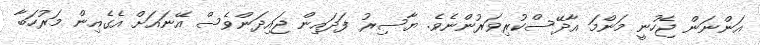
އަންނަން ޖެހުނީ މަންމަ އާދޭސްކުރިވަރުންނެވެ. ޔާސިރު ފަދައިން ޖައިދަންވެސް އޭނައަށް އެގެއިން މަރުހަބާ